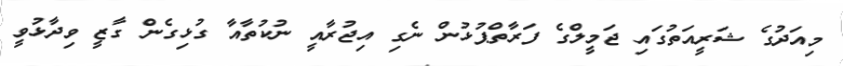
މިއަދުގެ ޝަރީއަތުގައި ޖަމީލްގެ ފަރާތްޕުޅުން ނެގި އިޖުރާއީ ނުކުތާއާ ގުޅިގެން ގާޒީ ވިދާޅުވީ